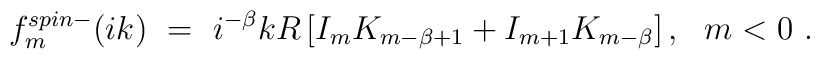
f_m^{spin-}(ik)\ =\ i^{-\beta} kR \left[I_mK_{m-\beta+1}+I_{m+1}K_{m-\beta}\right], \ \ m<0\ .